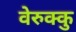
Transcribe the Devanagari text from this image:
वेरुक्कु